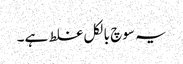
یہ سوچ بالکل غلط ہے۔